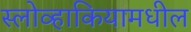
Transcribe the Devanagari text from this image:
स्लोव्हाकियामधील